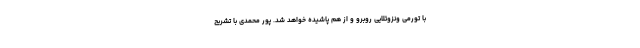
با تورمی ونزوئلایی روبرو و از هم پاشیده خواهد شد. پور محمدی با تشریح